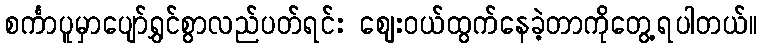
စင်္ကာပူမှာပျော်ရွှင်စွာလည်ပတ်ရင်း ဈေးဝယ်ထွက်နေခဲ့တာကိုတွေ့ရပါတယ်။